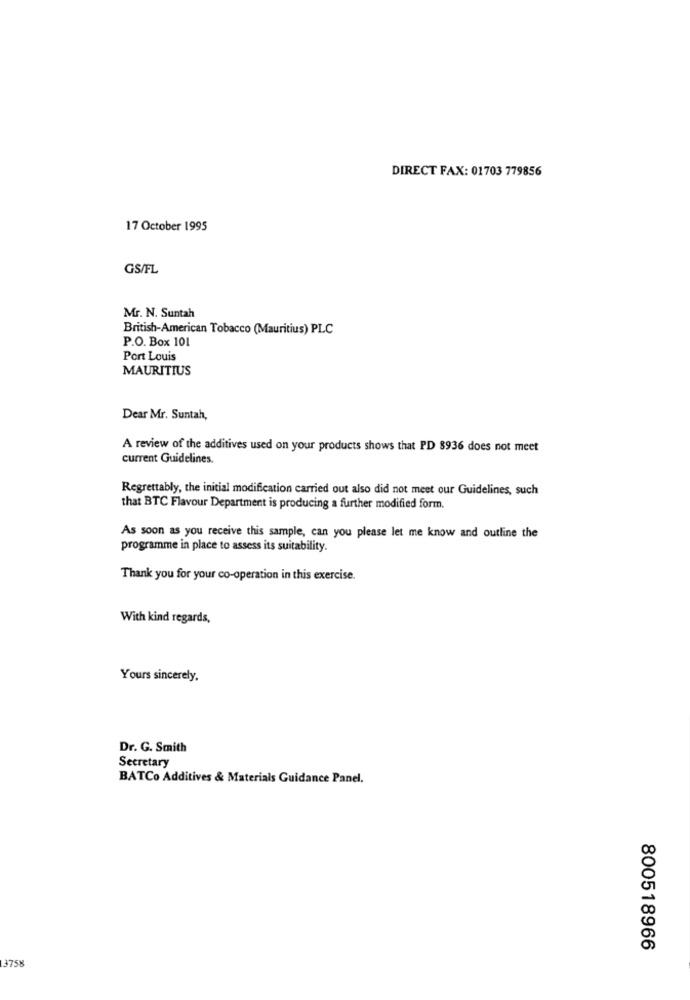
DIRECT FAX: 01703 779856
17 October 1995
GS/FL
Mr. N. Suntah
British-American Tobacco (Mauritius) PLC
P.O. Box 101
Port Louis
MAURITIUS
Dear Mr. Suntah,
A review of the additives used on your products shows that PD 8936 does not meet
current Guidelines.
Regrettably, the initial modification carried out also did not meet our Guidelines, such
that BTC Flavour Department is producing a further modified form.
As soon as you receive this sample, can you please let me know and outline the
programme in place to assess its suitability.
Thank you for your co-operation in this exercise.
With kind regards,
Yours sincerely,
Dr. G. Smith
Secretary
BATCo Additives & Materials Guidance Panel.
800518966
13758